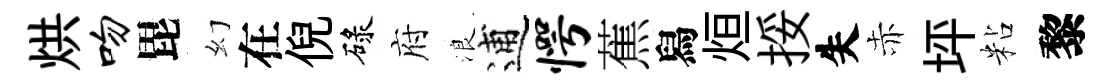
烘吻毘幻在倪碌府浪逋愕蕉舄烜挼失赤坪粘黎